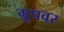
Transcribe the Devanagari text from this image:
ग्रूपवर